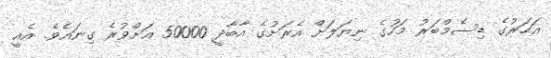
އަހަރުގެ ޑިސެމްބަރު މަހުގެ ނިޔަލަށް އެރަށުގެ އާބާދީ 50000 އަށްވުރެ ގިނައެވެ. އެއީ